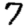
Digit: 7